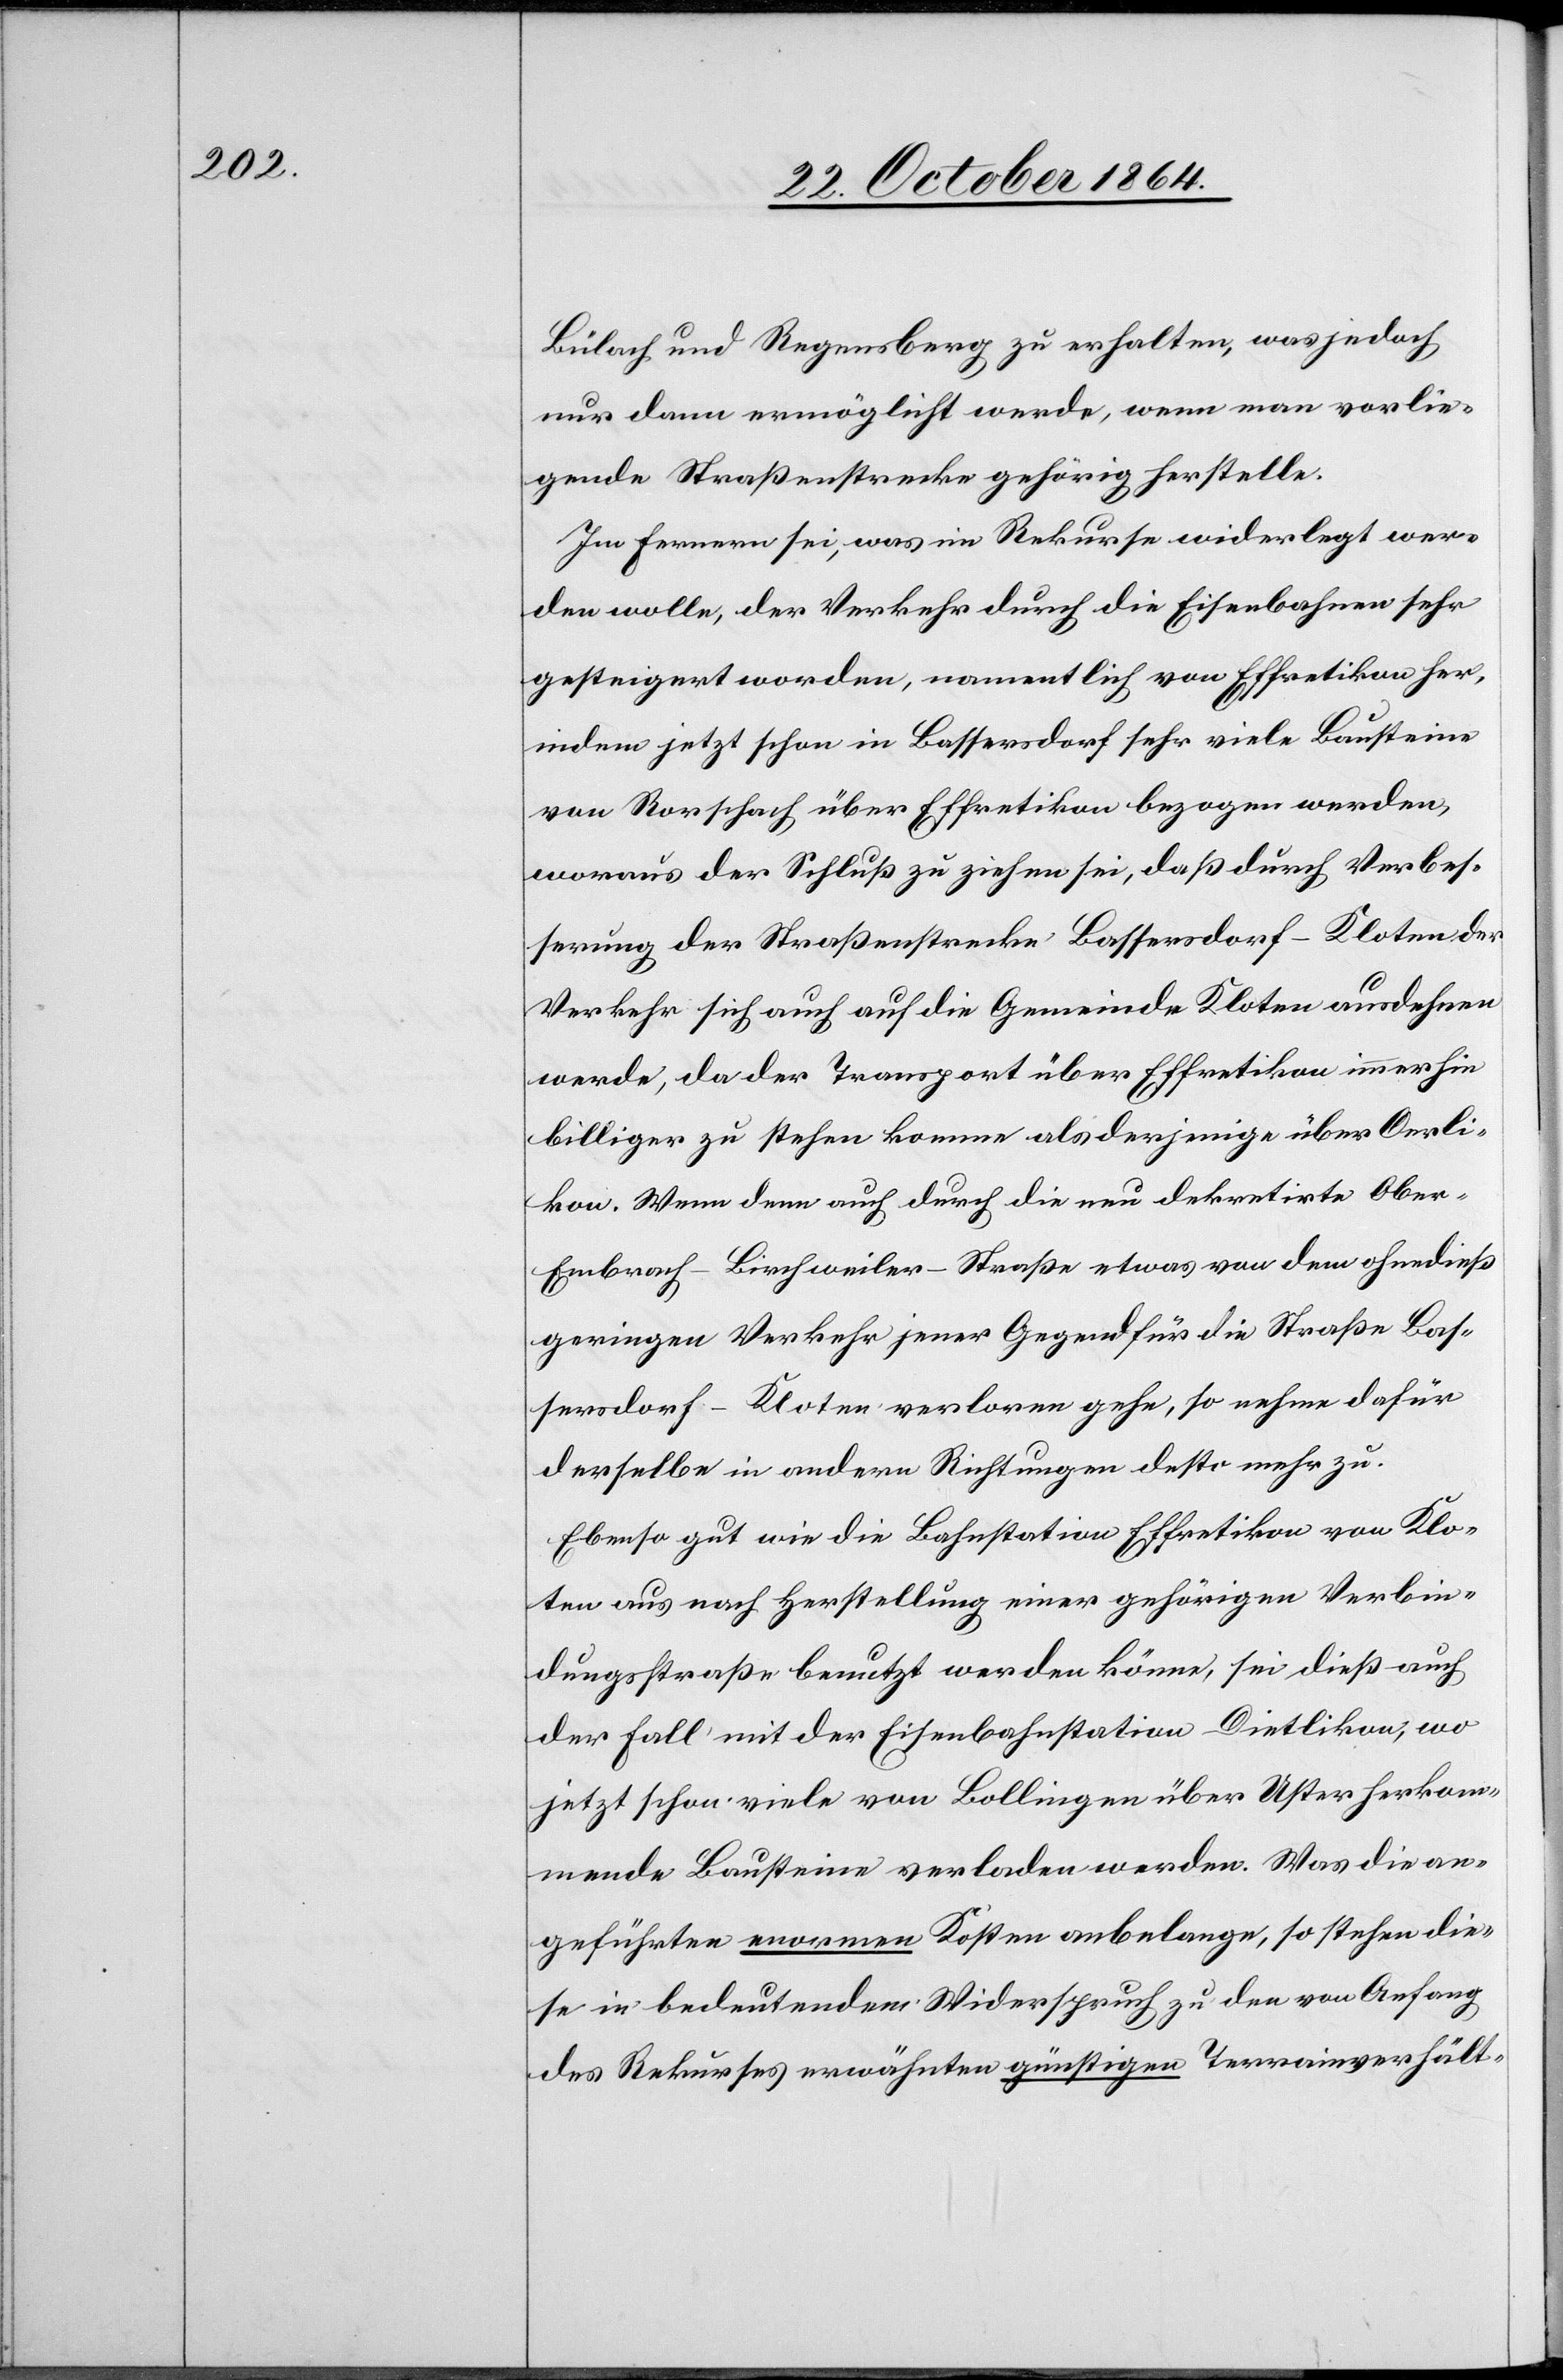
Bülach und Regensberg zu erhalten, was jedoch
nur dann ermöglicht werde, wenn man vorlie¬
gende Straßenstrecke gehörig herstelle.
Im Fernern sei, was im Rekurse widerlegt wer¬
den wolle, der Verkehr durch die Eisenbahnen sehr
gesteigert worden, namentlich von Effretikon her
indem jetzt schon in Bassersdorf sehr viele Bausteine
von Rorschach über Effretikon bezogen werden,
woraus der Schluß zu ziehen sei, daß durch Verbes¬
serung der Straßenstrecke Bassersdorf–Kloten der
Verkehr sich auch auf die Gemeinde Kloten ausdehnen
werde, da der Transport über Effretikon immerhin
billiger zu stehen komme als derjenige über Oerli¬
kon. Wenn dann auch durch die neu dekretirte Obe¬
r-Embrach–Birchweiler-Straße etwas von dem ohnedieß
geringen Verkehr jener Gegend für die Straße Bas¬
sersdorf–Kloten verloren gehe, so nehme dafür
derselbe in andern Richtungen desto mehr zu.
Ebenso gut wie die Bahnstation Effretikon von Klo¬
ten aus nach Herstellung einer gehörigen Verbin¬
dungsstraße benutzt werden könne, sei dieß auch
der Fall mit der Eisenbahnstation Dietlikon, wo
jetzt schon viele von Bollingen über Uster herkom¬
mende Bausteine verladen werden. Was die an¬
geführten enormen Kosten anbelange, so stehen die¬
se in bedeutendem Widerspruch zu den von Anfang
des Rekurses erwähnten günstigen Terrainverhält-